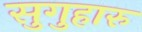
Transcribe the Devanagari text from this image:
सुगुहारु